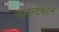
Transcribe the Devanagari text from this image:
माउन्टेबटन